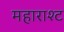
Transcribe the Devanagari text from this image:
महाराश्ट